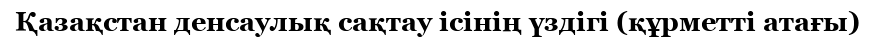
Қазақстан денсаулық сақтау ісінің үздігі (құрметті атағы)